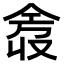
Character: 𫢿